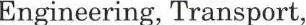
Engineering, Transport,